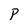
Character: P